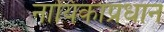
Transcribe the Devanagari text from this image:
नायिकाप्रधान